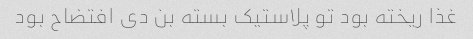
غذا ریخته بود تو پلاستیک بسته بن دی افتضاح بود